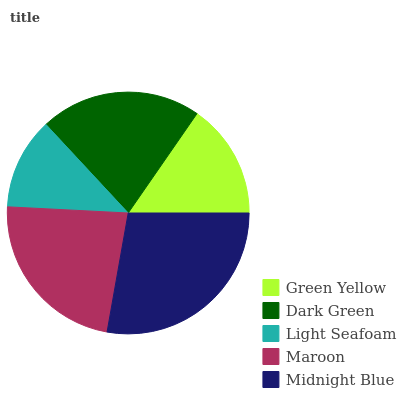
| Green Yellow | Dark Green | Light Seafoam | Maroon | Midnight Blue |
 | --- | --- | --- | --- | --- |
 | 15.4% | 21.5% | 12.3% | 23.1% | 27.8% |